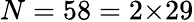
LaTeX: N=58=2{\times}29